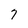
Character: 7